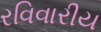
રવિવારીય